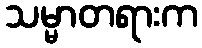
သမ္မာတရားက